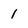
Character: 1